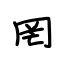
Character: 罔